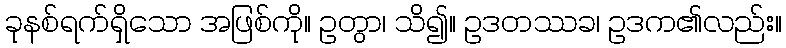
ခုနစ်ရက်ရှိသော အဖြစ်ကို။ ဥတွာ၊ သိ၍။ ဥဒတဿခ၊ ဥဒက၏လည်း။